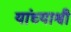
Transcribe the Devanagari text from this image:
यांच्याश्वी